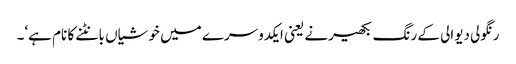
رنگولی دیوالی کے رنگ بکھیرنے یعنی ایکدوسرے میں خوشیاں بانٹنے کا نام ہے‘۔